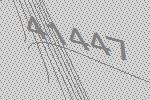
41447